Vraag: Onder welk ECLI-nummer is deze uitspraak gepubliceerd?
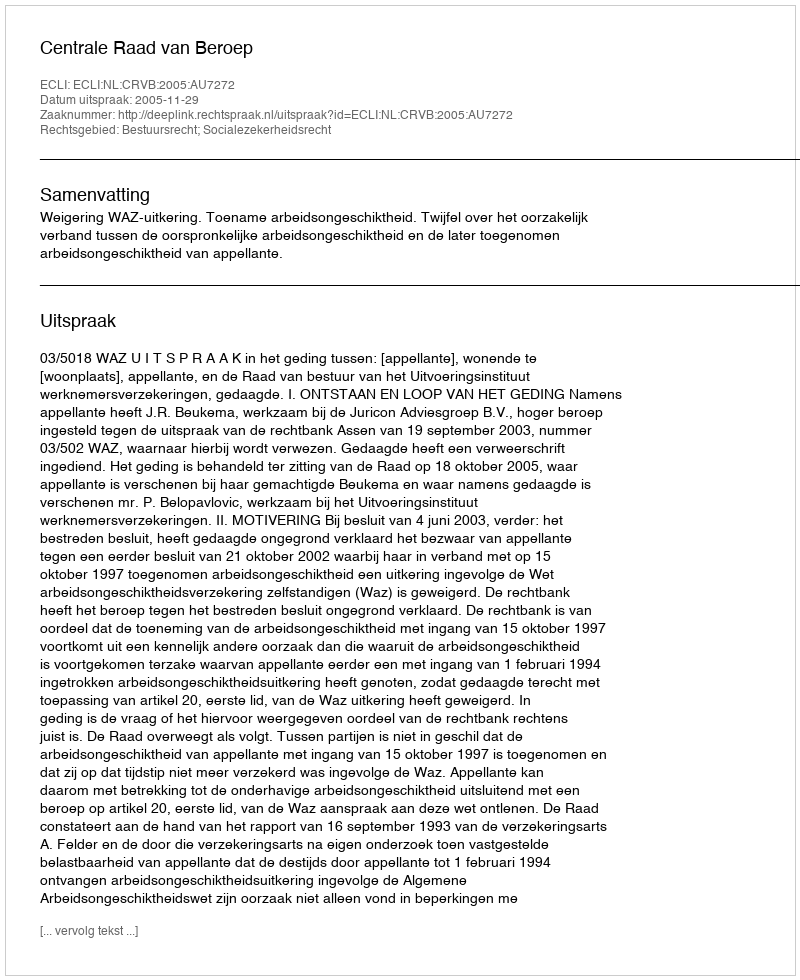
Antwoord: ECLI:NL:CRVB:2005:AU7272